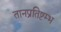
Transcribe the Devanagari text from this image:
तानप्रतिष्टम्भ